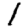
Digit: 1